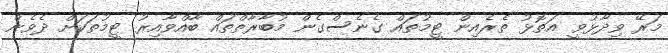
މަރޭ ވިދާޅުވީ އަތޮޅު ތެރެއިން ޓީމުތައް ގެނެސްގެން މުބާރާތްތައް ބާއްވާއިރު ޓީމުތަކަށް ދެވެން